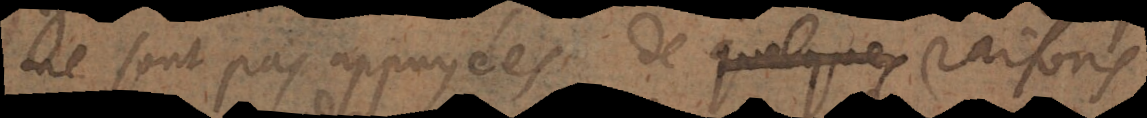
ne sont pas appuyées de quelques raisons